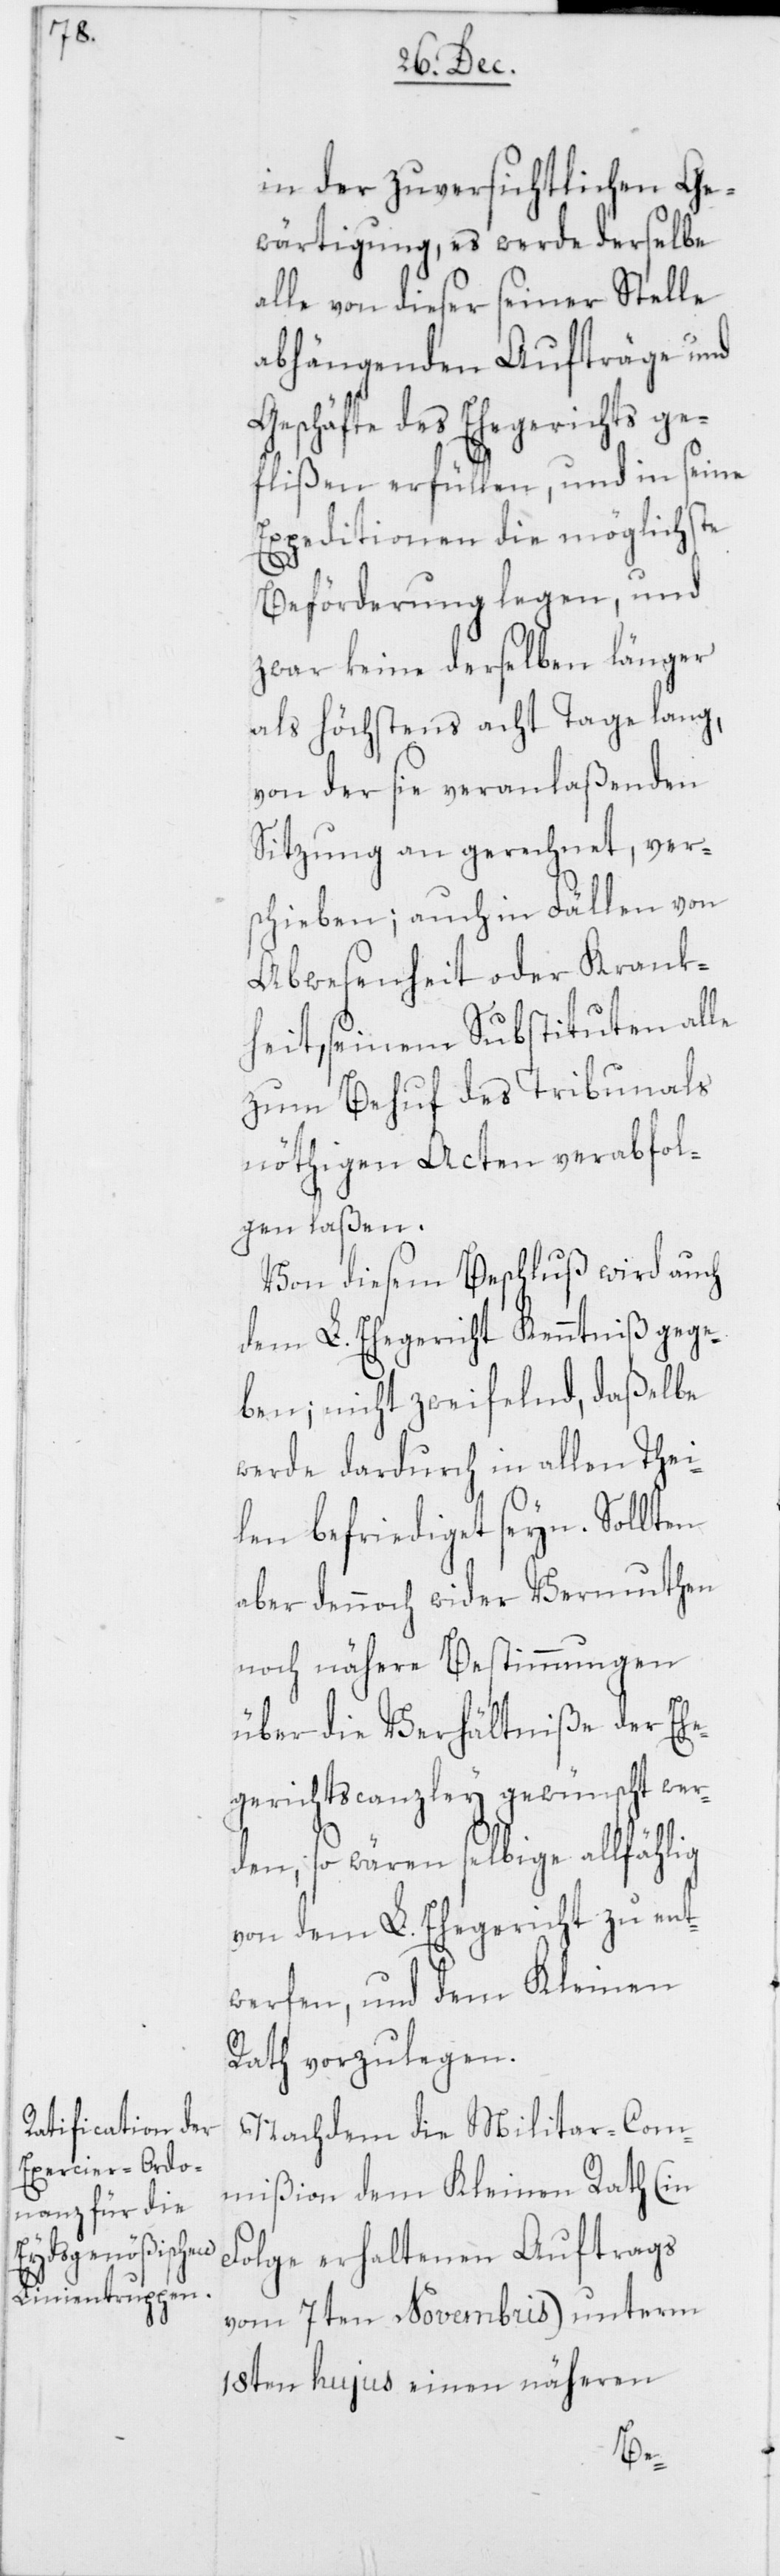
in der zuversichtlichen Ge¬
wärtigung, es werde derselbe
alle von dieser seiner Stelle
abhängenden Aufträge und
Geschäfte des Ehegerichts ge¬
flißen erfüllen, und in seine
Expeditionen die möglichste
Beförderung legen, und
zwar keine derselben länger
als höchstens acht Tage lang,
von der sie veranlaßenden
Sitzung an gerechnet, ver¬
schieben; auch in Fällen von
Abwesenheit oder Krank¬
heit, seinem Substituten alle
zum Behuf des Tribunals
nöthigen Acten verabfol¬
gen laßen.
Von diesem Beschluß wird auch
dem L. Ehegericht Kenntniß gege¬
ben; nicht zweifelnd, daßelbe
werde dardurch in allen Thei¬
len befriediget seyn. Sollten
aber dennoch wider Vermuthen
noch nähere Bestimmungen
über die Verhältniße der Ehe¬
gerichtscanzley gewünscht wer¬
den, so wären selbige allfählig
von dem L. Ehegericht zu ent¬
werfen, und dem Kleinen
Rath vorzulegen.
Nachdem die Militar-Com¬
mißion dem Kleinen Rath (in
Folge erhaltenen Auftrags
vom 7ten Novembris) unterm
18ten hujus einen näheren